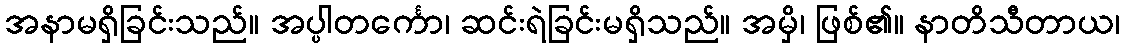
အနာမရှိခြင်းသည်။ အပ္ပါတင်္ကော၊ ဆင်းရဲခြင်းမရှိသည်။ အမှိ၊ ဖြစ်၏။ နာတိသီတာယ၊